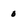
Character: 0